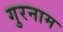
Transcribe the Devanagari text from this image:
गुरनाम